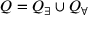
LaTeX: Q = Q _ { \exists } \cup Q _ { \forall }